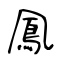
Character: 鳳